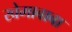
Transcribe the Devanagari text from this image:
खेमाबाबा